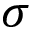
\sigma